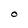
Character: O